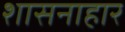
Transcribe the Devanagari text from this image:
शासनाहार